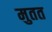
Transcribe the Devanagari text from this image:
मुतत